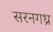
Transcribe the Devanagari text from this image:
सरनगध्र